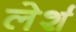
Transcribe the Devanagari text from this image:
लेर्श